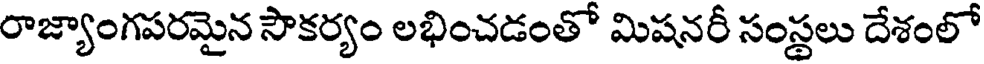
రాజ్యాంగపరమైన సౌకర్యం లభించడంతో మిషనరీ సంస్థలు దేశంలో